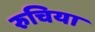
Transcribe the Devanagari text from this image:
रुचिया